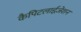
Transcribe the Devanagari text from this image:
कैपिटलाईज़ेशन